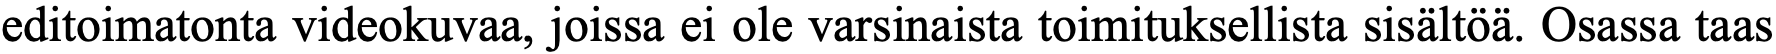
editoimatonta videokuvaa, joissa ei ole varsinaista toimituksellista sisältöä. Osassa taas